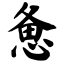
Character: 惫